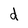
Character: d